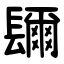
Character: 镾